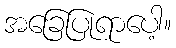
အခြေပြုရာပေါ့။